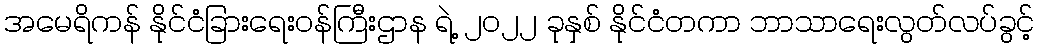
အမေရိကန် နိုင်ငံခြားရေးဝန်ကြီးဌာန ရဲ့ ၂၀၂၂ ခုနှစ် နိုင်ငံတကာ ဘာသာရေးလွတ်လပ်ခွင့်